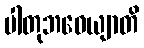
ပါတုဘဝေယျာတိ